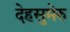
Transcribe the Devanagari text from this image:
देहसुमेरु